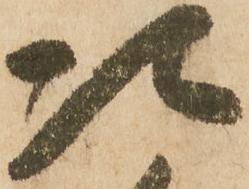
次